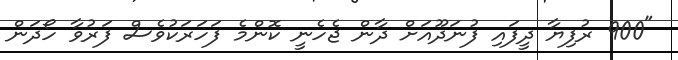
"900 ރުފިޔާ ދީފައި ފުނަދޫއަށް ދާން ޖެހެނީ ކޮންމެ ފަހަރަކުވެސް ފަރުވާ ހޯދަން